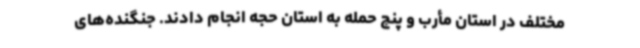
مختلف در استان مأرب و پنج حمله به استان حجه انجام دادند. جنگنده‌های